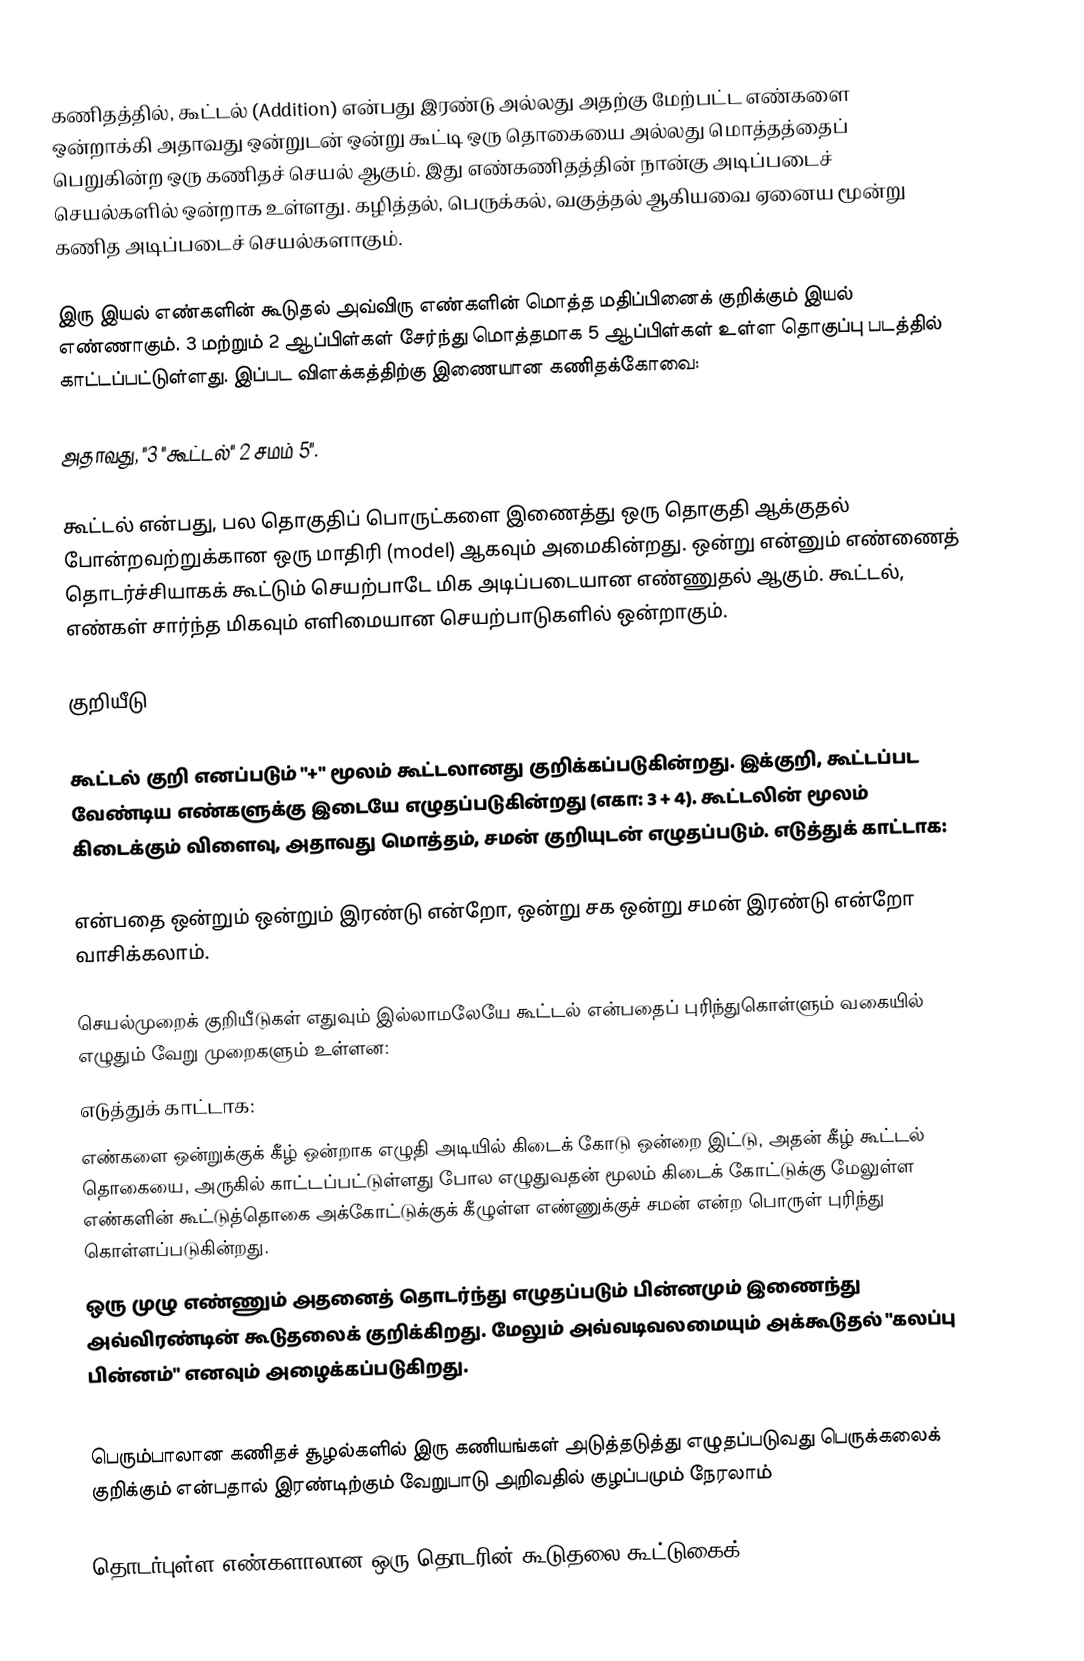
கணிதத்தில், கூட்டல் (Addition) என்பது இரண்டு அல்லது அதற்கு மேற்பட்ட எண்களை ஒன்றாக்கி அதாவது ஒன்றுடன் ஒன்று கூட்டி ஒரு தொகையை அல்லது மொத்தத்தைப் பெறுகின்ற ஒரு கணிதச் செயல் ஆகும். இது எண்கணிதத்தின் நான்கு அடிப்படைச் செயல்களில் ஒன்றாக உள்ளது. கழித்தல், பெருக்கல், வகுத்தல் ஆகியவை ஏனைய மூன்று கணித அடிப்படைச் செயல்களாகும்.

இரு இயல் எண்களின் கூடுதல் அவ்விரு எண்களின் மொத்த மதிப்பினைக் குறிக்கும் இயல் எண்ணாகும். 3 மற்றும் 2 ஆப்பிள்கள் சேர்ந்து மொத்தமாக 5 ஆப்பிள்கள் உள்ள தொகுப்பு படத்தில் காட்டப்பட்டுள்ளது. இப்பட விளக்கத்திற்கு இணையான கணிதக்கோவை:

 அதாவது, "3 "கூட்டல்" 2  சமம்  5".

கூட்டல் என்பது, பல தொகுதிப் பொருட்களை இணைத்து ஒரு தொகுதி ஆக்குதல் போன்றவற்றுக்கான ஒரு மாதிரி (model) ஆகவும் அமைகின்றது. ஒன்று என்னும் எண்ணைத் தொடர்ச்சியாகக் கூட்டும் செயற்பாடே மிக அடிப்படையான எண்ணுதல் ஆகும். கூட்டல், எண்கள் சார்ந்த மிகவும் எளிமையான செயற்பாடுகளில் ஒன்றாகும்.

குறியீடு

கூட்டல் குறி எனப்படும் "+" மூலம் கூட்டலானது குறிக்கப்படுகின்றது. இக்குறி, கூட்டப்பட வேண்டிய எண்களுக்கு இடையே எழுதப்படுகின்றது (எகா: 3 + 4). கூட்டலின் மூலம் கிடைக்கும் விளைவு, அதாவது மொத்தம், சமன் குறியுடன் எழுதப்படும். எடுத்துக் காட்டாக:

 என்பதை ஒன்றும் ஒன்றும் இரண்டு என்றோ, ஒன்று சக ஒன்று சமன் இரண்டு என்றோ வாசிக்கலாம்.

செயல்முறைக் குறியீடுகள் எதுவும் இல்லாமலேயே கூட்டல் என்பதைப் புரிந்துகொள்ளும் வகையில் எழுதும் வேறு முறைகளும் உள்ளன:
எடுத்துக் காட்டாக:
எண்களை ஒன்றுக்குக் கீழ் ஒன்றாக எழுதி அடியில் கிடைக் கோடு ஒன்றை இட்டு, அதன் கீழ் கூட்டல் தொகையை, அருகில் காட்டப்பட்டுள்ளது போல எழுதுவதன் மூலம் கிடைக் கோட்டுக்கு மேலுள்ள எண்களின் கூட்டுத்தொகை அக்கோட்டுக்குக் கீழுள்ள எண்ணுக்குச் சமன் என்ற பொருள் புரிந்து கொள்ளப்படுகின்றது.
ஒரு முழு எண்ணும் அதனைத் தொடர்ந்து எழுதப்படும் பின்னமும் இணைந்து அவ்விரண்டின் கூடுதலைக் குறிக்கிறது. மேலும் அவ்வடிவலமையும் அக்கூடுதல்  "கலப்பு பின்னம்" எனவும் அழைக்கப்படுகிறது.
3½ = 3 + ½ = 3.5
பெரும்பாலான கணிதச் சூழல்களில் இரு கணியங்கள் அடுத்தடுத்து எழுதப்படுவது பெருக்கலைக் குறிக்கும் என்பதால் இரண்டிற்கும் வேறுபாடு அறிவதில் குழப்பமும் நேரலாம்

தொடர்புள்ள எண்களாலான ஒரு தொடரின் கூடுதலை கூட்டுகைக்